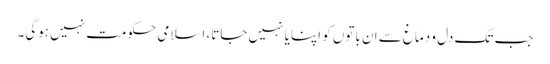
جب تک دل و دماغ سے ان باتوں کو اپنایا نہیں جاتا، اسلامی حکومت نہیں ہوگی۔